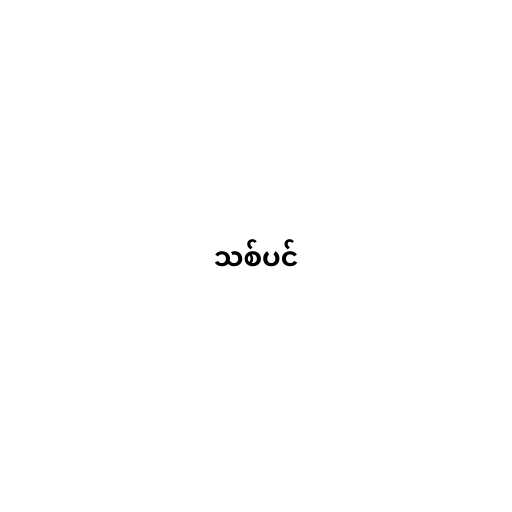
သစ်ပင်